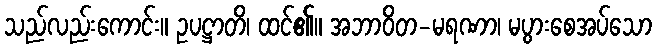
သည်လည်းကောင်း။ ဥပဋ္ဌာတိ၊ ထင်၏။ အဘာဝိတ-မရဏာ၊ မပွားစေအပ်သော